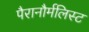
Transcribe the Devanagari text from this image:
पैरानौर्मलिस्ट